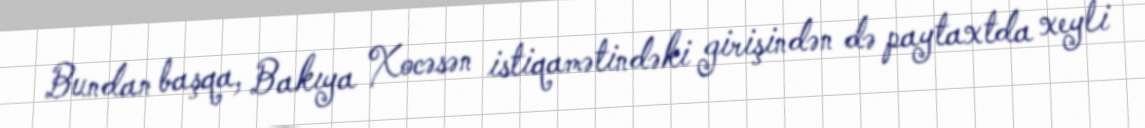
Bundan başqa, Bakıya Xocəsən istiqamətindəki girişindən də paytaxtda xeyli